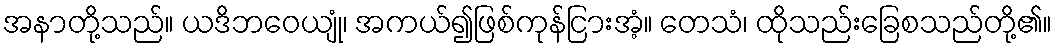
အနာတို့သည်။ ယဒိဘဝေယျုံ၊ အကယ်၍ဖြစ်ကုန်ငြားအံ့။ တေသံ၊ ထိုသည်းခြေစသည်တို့၏။